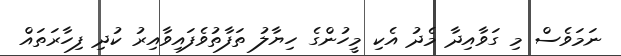
ނަމަވެސް މި ގަވާއިދާ މެދު އެކި މީހުންގެ ހިޔާލު ތަފާތުވެފައިވާއިރު ކުދި ފިހާރަތައް